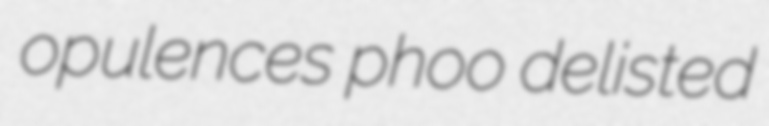
opulences phoo delisted